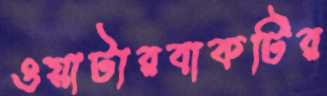
ওয়াটারবাকটির